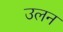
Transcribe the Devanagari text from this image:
उलन